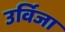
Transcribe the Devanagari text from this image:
उर्विजा